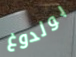
بولدوغ